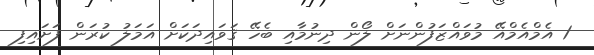
1 އެމްއެމްއޭ މުވައްޒަފުންނަށް ލޯން ދިނުމާއި ބެހޭ ޤަވައިދަކަށް އަމަލު ކުރަން ފަށައިފި